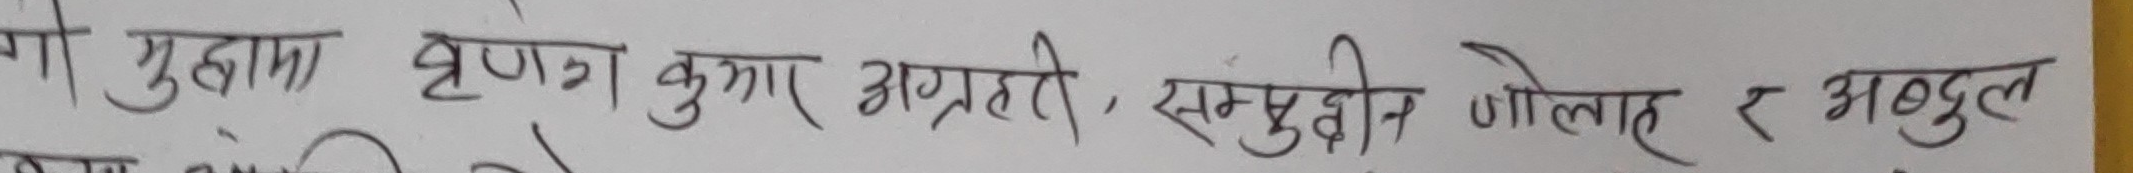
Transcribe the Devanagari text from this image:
गो मुद्दामा कृष्ण कुमार अग्रहरी, सम्झौता जोलाह र अबदुल